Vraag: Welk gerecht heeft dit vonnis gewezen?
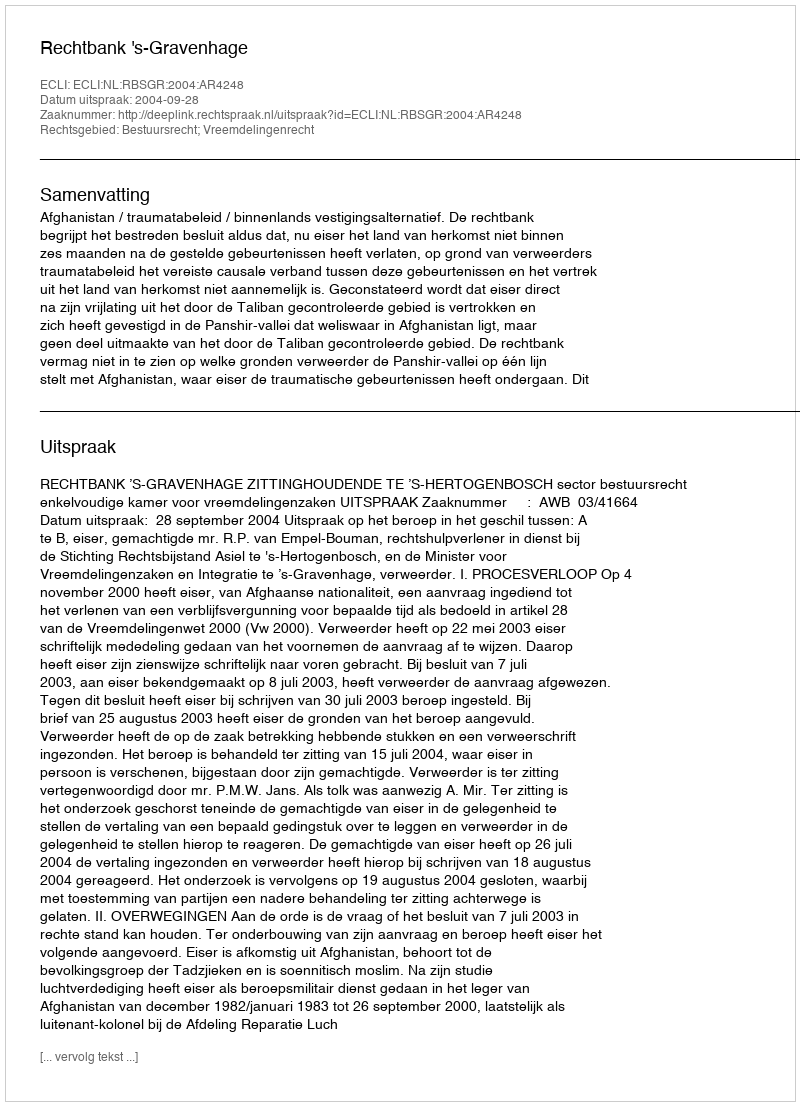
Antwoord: Rechtbank 's-Gravenhage